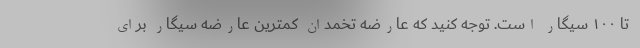
تا ۱۰۰ سیگار است. توجه کنید که عارضه تخمدان کمترین عارضه سیگار برای